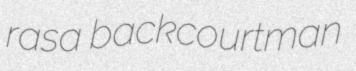
rasa backcourtman